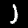
Label: 1